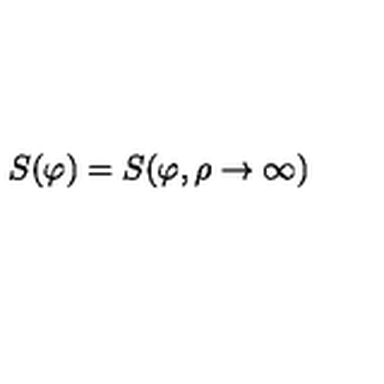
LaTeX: S ( \varphi ) = S ( \varphi , \rho \rightarrow \infty )